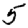
Digit: 5